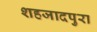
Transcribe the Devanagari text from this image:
शहजादपुरा